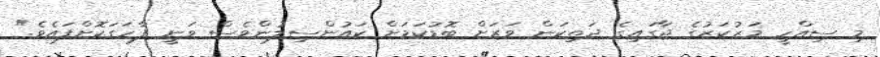
މި ސިއްހީ މަރުކަޒުގެ ޖާގައިގެ ދަތިކަން ވަރަށް ބޮޑުކަމަށް ކައުންސިލުންވެސް ވަނީ ފާހަގަކޮށްފައެވެ."